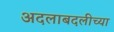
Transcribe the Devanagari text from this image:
अदलाबदलीच्या